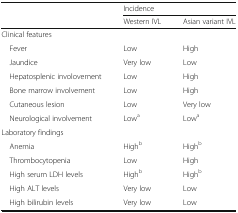
| <ROWSPAN=2>  | <COLSPAN=2> Incidence |
 | Western IVL | Asian variant IVL |
 | --- | --- | --- |
 | <COLSPAN=3> Clinical features |
 | Fever | Low | High |
 | Jaundice | Very low | Low |
 | Hepatosplenic involovement | Low | High |
 | Bone marrow involvement | Low | High |
 | Cutaneous lesion | Low | Very low |
 | Neurological involvement | Lowa | Lowa |
 | <COLSPAN=3> Laboratory findings |
 | Anemia | Highb | Highb |
 | Thrombocytopenia | Low | High |
 | High serum LDH levels | Highb | Highb |
 | High ALT levels | Very low | Low |
 | High bilirubin levels | Very low | Low |